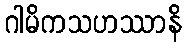
ဂါမိကသဟဿာနိ